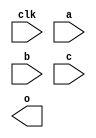
module multiply_add_64x64
#(
    parameter BITS=64
) (
`ifdef USE_POWER_PINS
    inout VPWR,
    inout VGND,
`endif
    input clk,
    input [BITS-1:0] a,
    input [BITS-1:0] b,
    input [BITS*2-1:0] c,
    output [BITS*2-1:0] o
);

endmodule